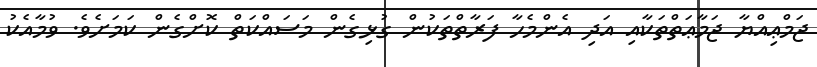
ޖަމްޢިއްޔާ ޖަމާޢަތްތަކާއި އަދި އެންމެހާ ފަރާތްތަކުން ގުޅިގެން މަސައްކަތް ކޮށްގެން ކަމަށެވެ. ވުމާއެކު